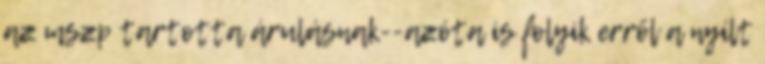
az mszp tartotta árulásnak--azóta is folyik erről a nyílt